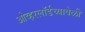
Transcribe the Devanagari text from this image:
ओव्हरलॉर्डच्यावेळी